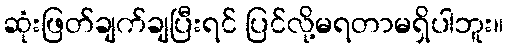
ဆုံးဖြတ်ချက်ချပြီးရင် ပြင်လို့မရတာမရှိပါဘူး။